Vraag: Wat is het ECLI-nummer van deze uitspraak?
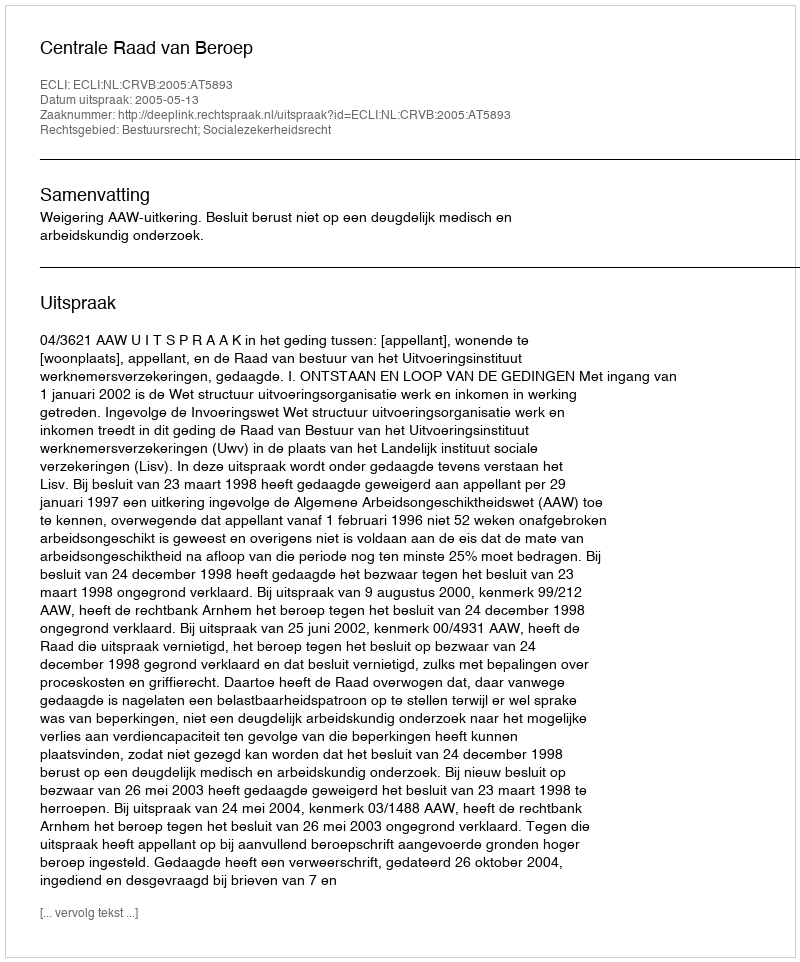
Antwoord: ECLI:NL:CRVB:2005:AT5893